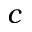
c